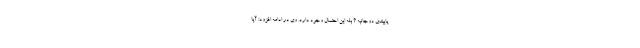
پایبندی دوجانبه ؟ بله این احتمال وجود دارد. وی در ادامه افزود: آیا